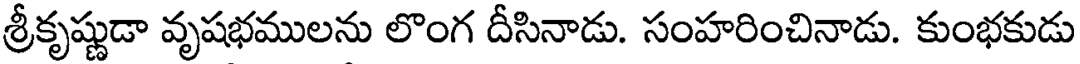
శ్రీకృష్ణుడా వృషభములను లొంగ దీసినాడు. సంహరించినాడు. కుంభకుడు